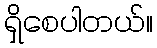
ရှိစေပါတယ်။